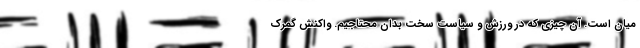
میان است. آن چیزی که در ورزش و سیاست سخت بدان محتاجیم. واکنش گمرک